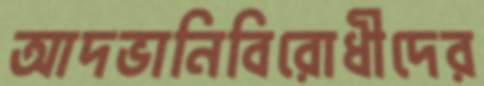
আদভানিবিরোধীদের